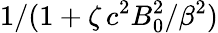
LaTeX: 1/(1+\zeta\, c^{2}B_{0}^{2}/\beta^{2})